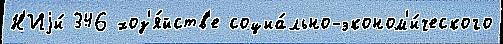
Н'Иjи́ 346 хоз'я́йств'е социа́льно-эконом'и́ческого